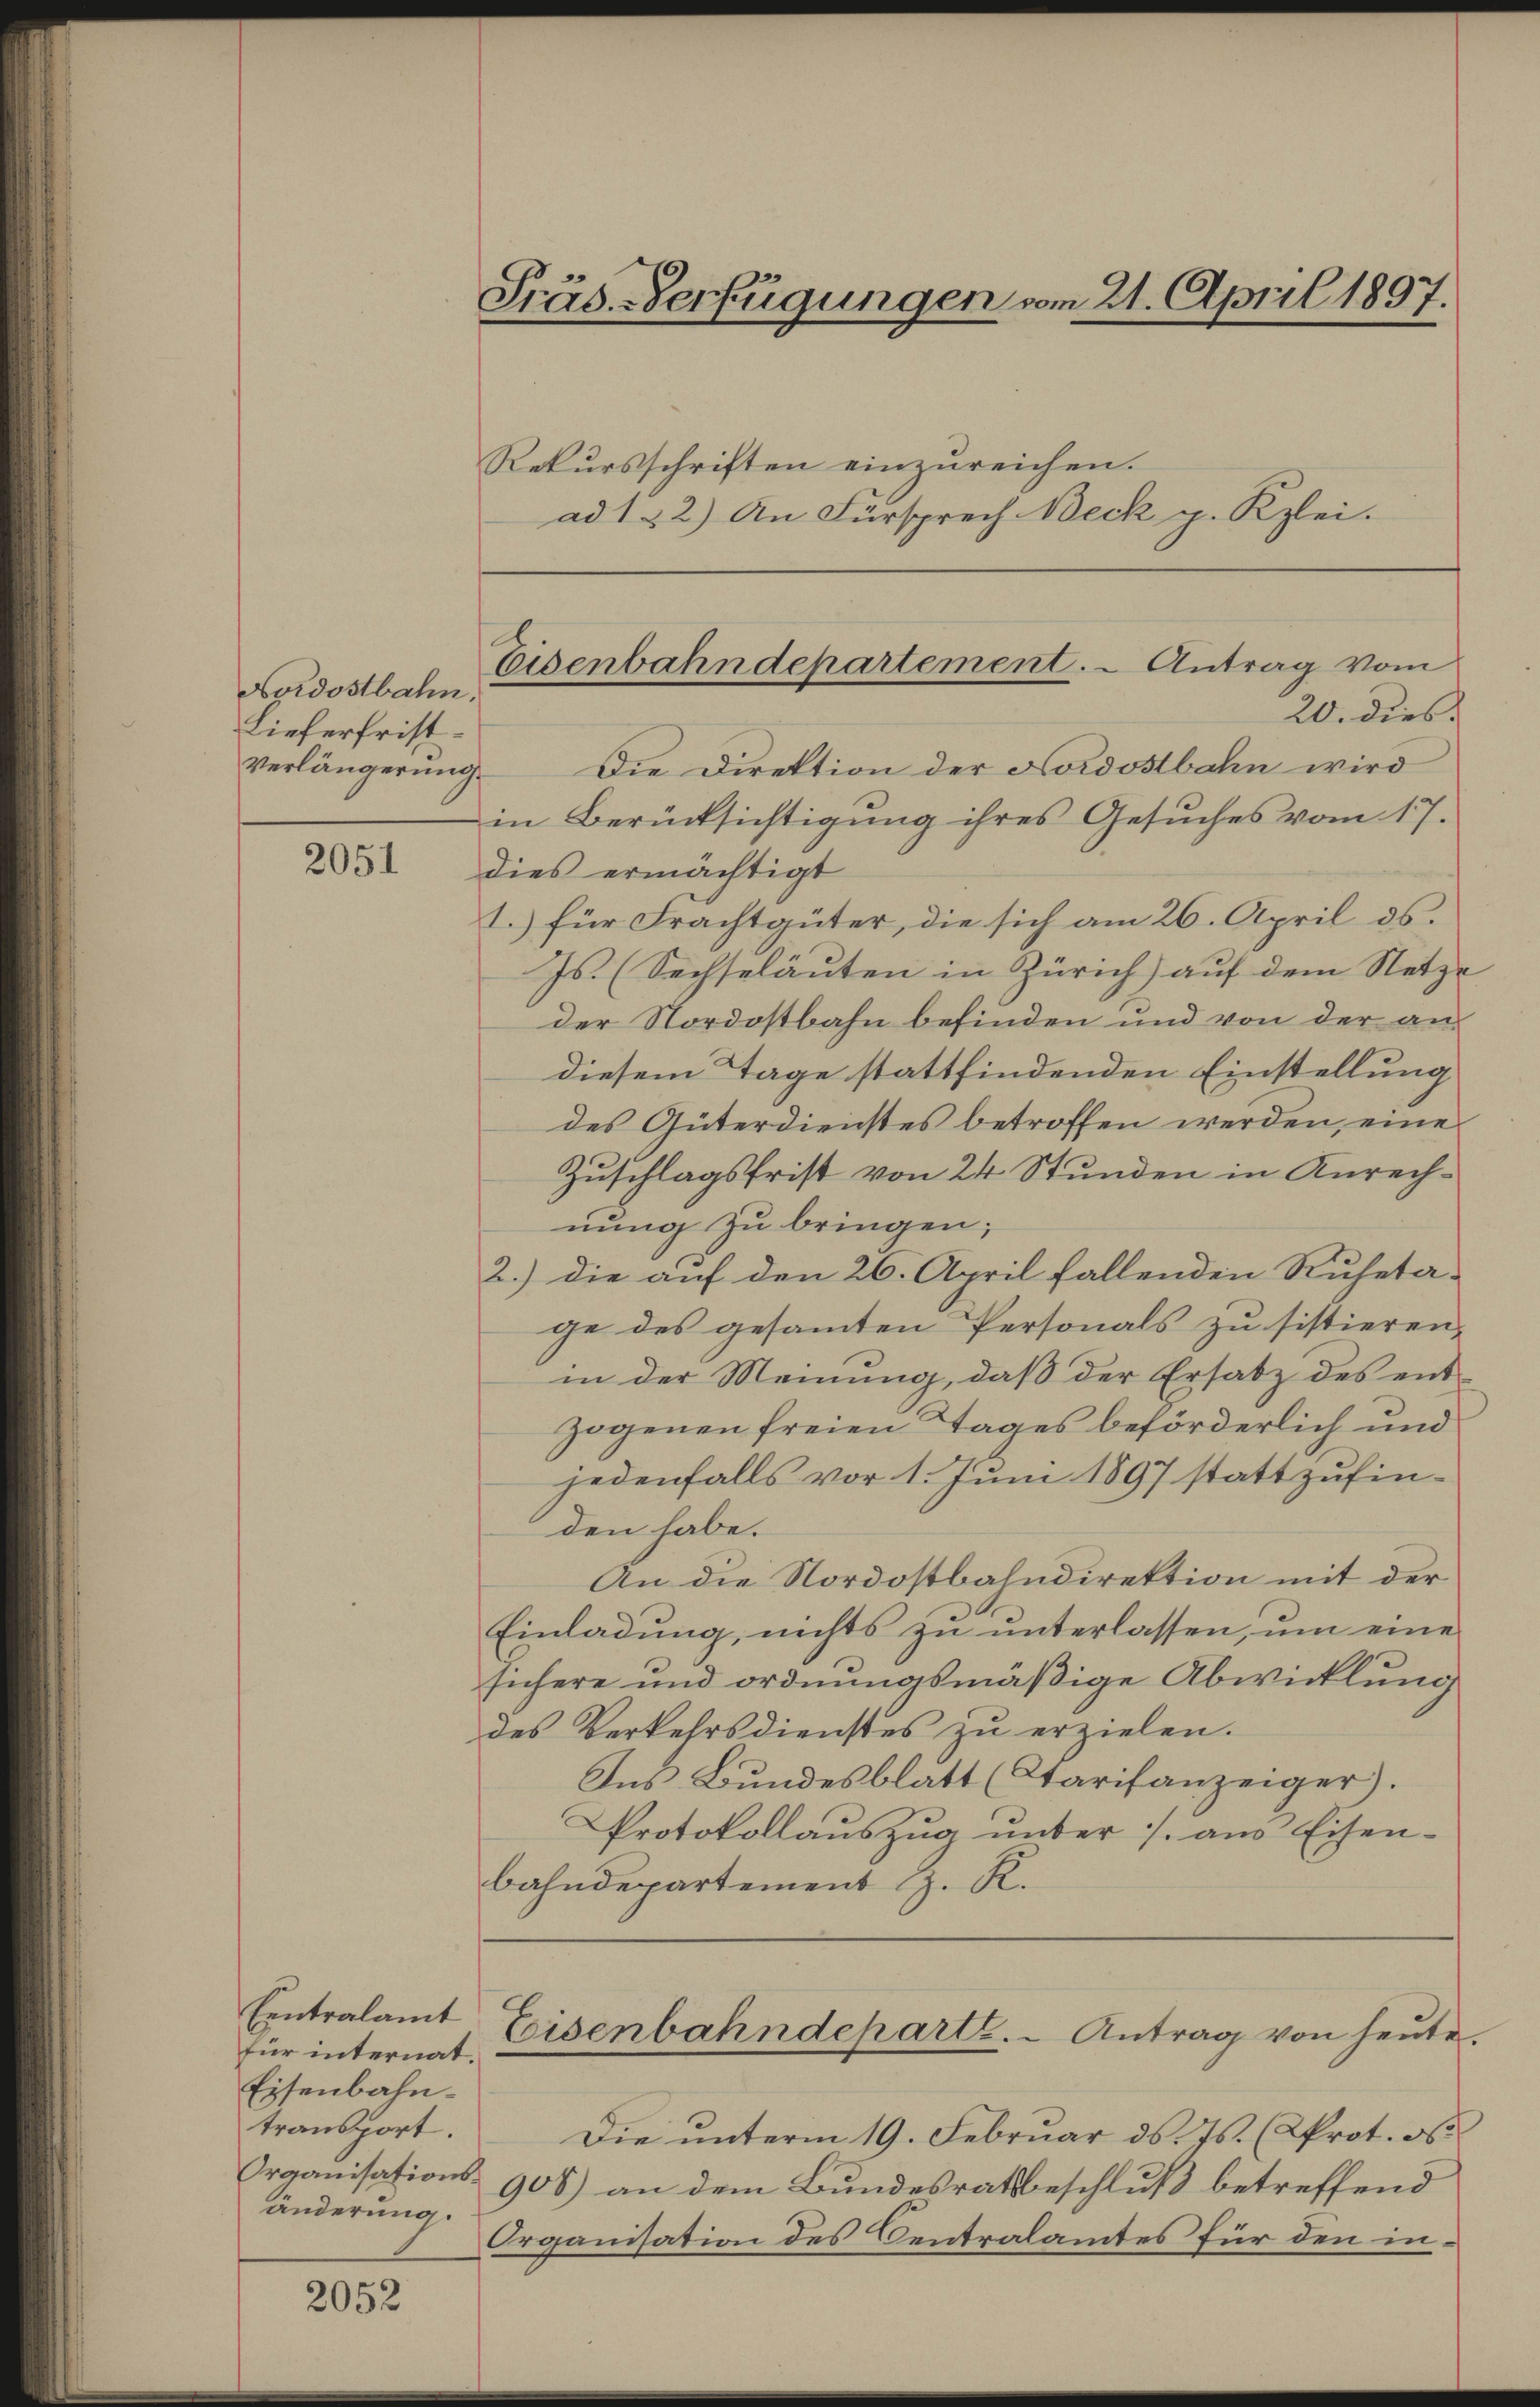
Nordostbahn.
Lieferfrist¬
Verlängerung.

2051

2052

Stäs-Verfügungen vom 21. April 1897.

Rekursschriften einzŭreichen.
ad 1. 2.) An Fürsprech Beck p. Kzlei.

Eintralamt
für internat.
Eisenbahntransport.
Organisations-
änderung.

Eisenbahndepartement. - Antrag vom
20. dies

Die Direktion der Nordostbahn wird
in Berücksichtigung ihres Gesuches vom 17.
dies ermächtigt
1.) für Frachtgüter, die sich am 26. April ds.
Js. (Sechseläuten in Zürich) auf dem Netze
der Nordostbahn befinden und von der andiesem Tage stattfindenden Einstellung
des Güterdienstes betroffen werden, eine
Zuschlagsfrist von 24 Stunden in Anrechnung zu bringen;
2.) die auf den 26. April fallenden Ruheta-
ge des gesammten Personals zu sistieren,
in der Meinung, daß der Ersatz des entzogenen freien Tages beförderlich und
jedenfalls vor 1. Juni 1897 stattzufinden habe.
An die Nordostbahndirektion mit der
Einladung, nichts zu unterlassen, um eine
sichere und ordnungsmäßige Abwicklung
des Verkehrsdienstes zu erzielen.
Ins Bundesblatt (Starifanzeiger).
Protokollauszug unter ./. aus Eisen-
bahndepartement J. R.
Eeisenbahndepart. - Antrag von heute.
Die ŭnterm 19. Februar d. Js. (AProt. d.
905) an dem Bundesratsbeschluß betreffend
Organisation des Centralamtes für den in¬